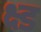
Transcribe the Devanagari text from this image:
क्ष्ड